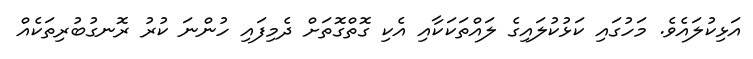
އަޅިކުލައެވެ. މަހުގައި ކަޅުކުލައިގެ ލައްތަކަކާއި އެކި ގޮތްގޮތަށް ދެމިފައި ހުންނަ ކުރު ރޮނގުބުރިތަކެއް